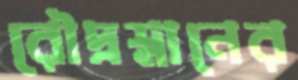
রৌদ্রস্নানের